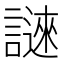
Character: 𬣆